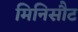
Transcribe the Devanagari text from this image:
मिनिसौट